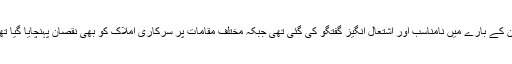
دوران احتجاج ملک کے اعلیٰ اداروں، ان کے سربراہان کے بارے میں نامناسب اور اشتعال انگیز گفتگو کی گئی تھی جبکہ مختلف مقامات پر سرکاری املاک کو بھی نقصان پہنچایا گیا تھا جس کا مقدمہ تھانہ پنڈی گھیب میں درج کیا گیا تھا۔